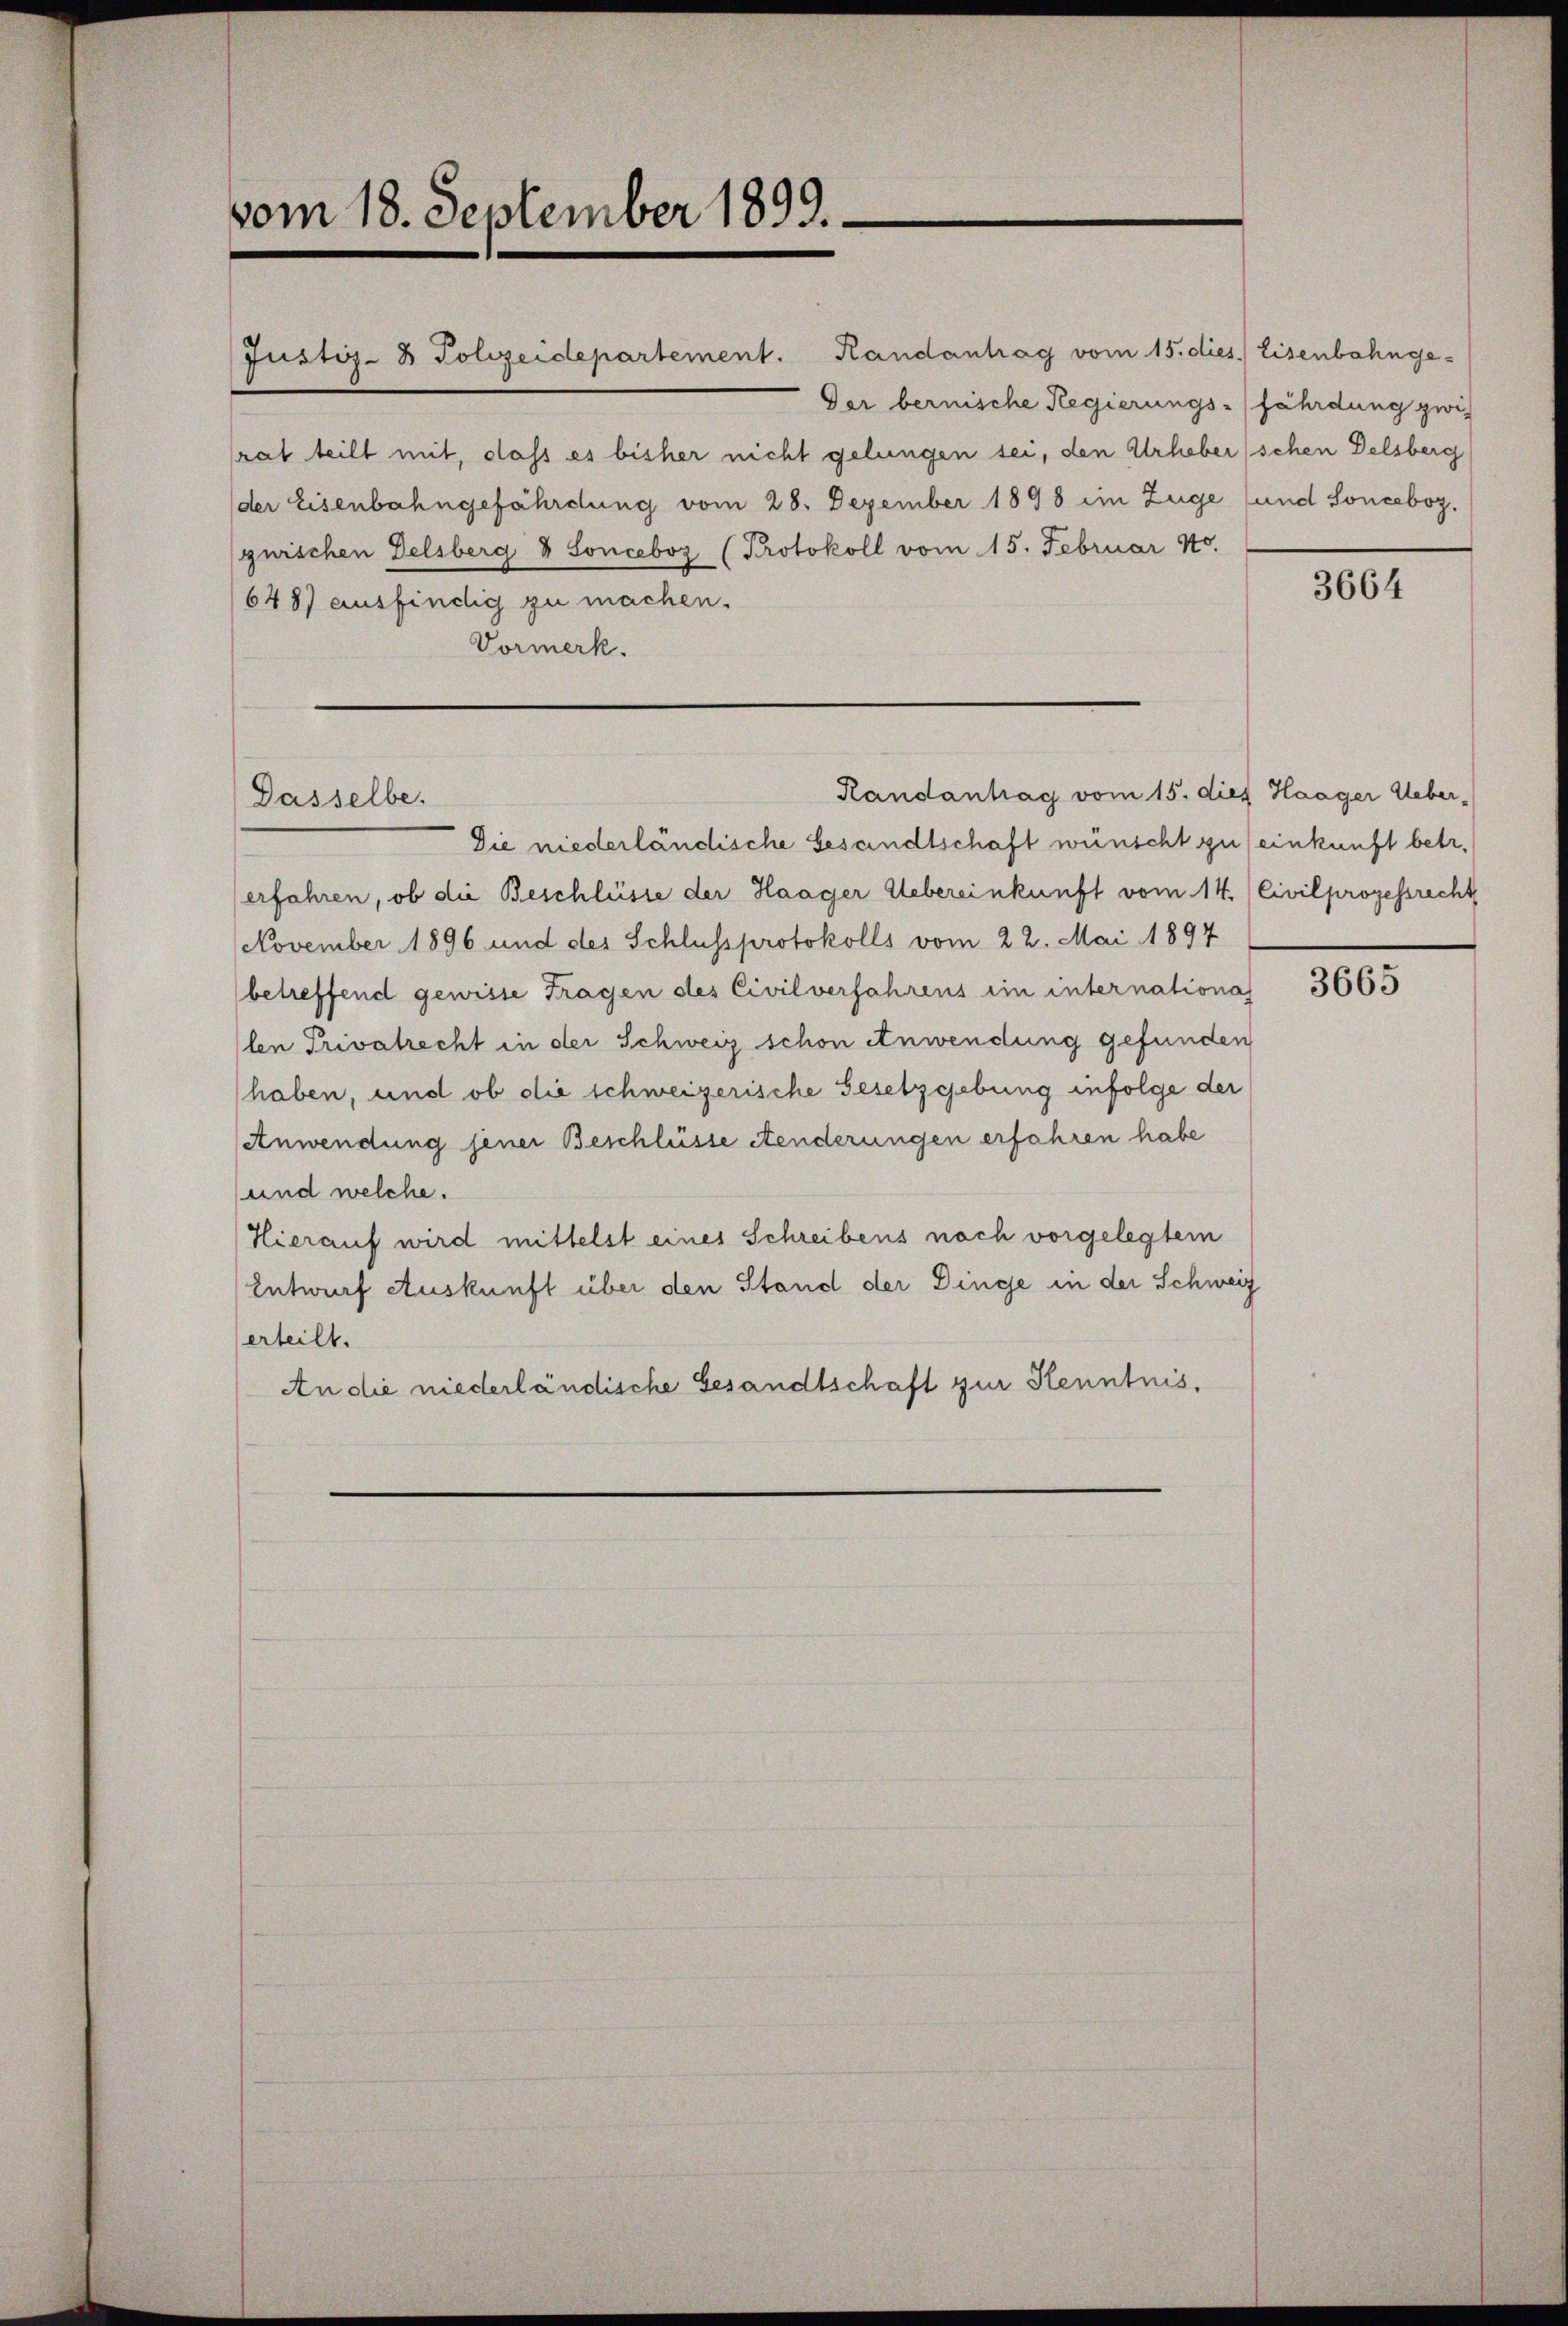
vom 18. September 1899.

Justiz- & Polizeidepartement. Handantrag vom 15. dies. Eisenbahnge-
Der bernische Regierungs-fährdung zwis
rat teilt mit, dass es bisher nicht gelungen sei, den Urheberschen Delsberg
der Eisenbahngefährdung vom 28. Dezember 1898 im Zuge (und Sonceboz.
guischen Delsberg & Sonceboz (Protokoll vom 15. Februar 180.
648) ausfindig zu machen.
Vormerk.

Randantrag vom 15. dies Haager Ueber¬
Dasselbe.

Die niederländische Gesandtschaft wünscht zu seinkunft betr.
erfahren, ob die Beschlüsse der Haager Uebereinkunft vom 14. Civilprozessrecht
November 1896 und des Schlussprotokolls vom 22. Mai 1897
betreffend gewisse Tragen des Civilverfahrens im internationa
len Privatrecht in der Schweiz schon Anwendung gefunden
haben, und ob die schweizerische Gesetzgebung infolge der
Anwendung jener Beschlüsse Aenderungen erfahren habe
und welche.
Hierauf wird mittelst eines Schreibens nach vorgelegtem
Entwurf Auskunft über den Stand der Dinge in der Schweiz
erteilt.
An die niederländische Gesandtschaft zur Kenntnis.

3664

3665